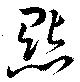
点